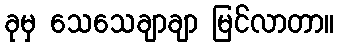
ခုမှ သေသေချာချာ မြင်လာတာ။